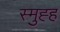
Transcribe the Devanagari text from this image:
स्मुह्ह